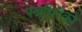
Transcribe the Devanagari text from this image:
पनाथिनैको